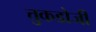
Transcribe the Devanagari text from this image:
त्तुकडोजी